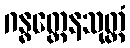
ဂန္ဓတ္ထေနသုတ္တံ